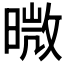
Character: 𭧊